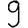
Digit: 9